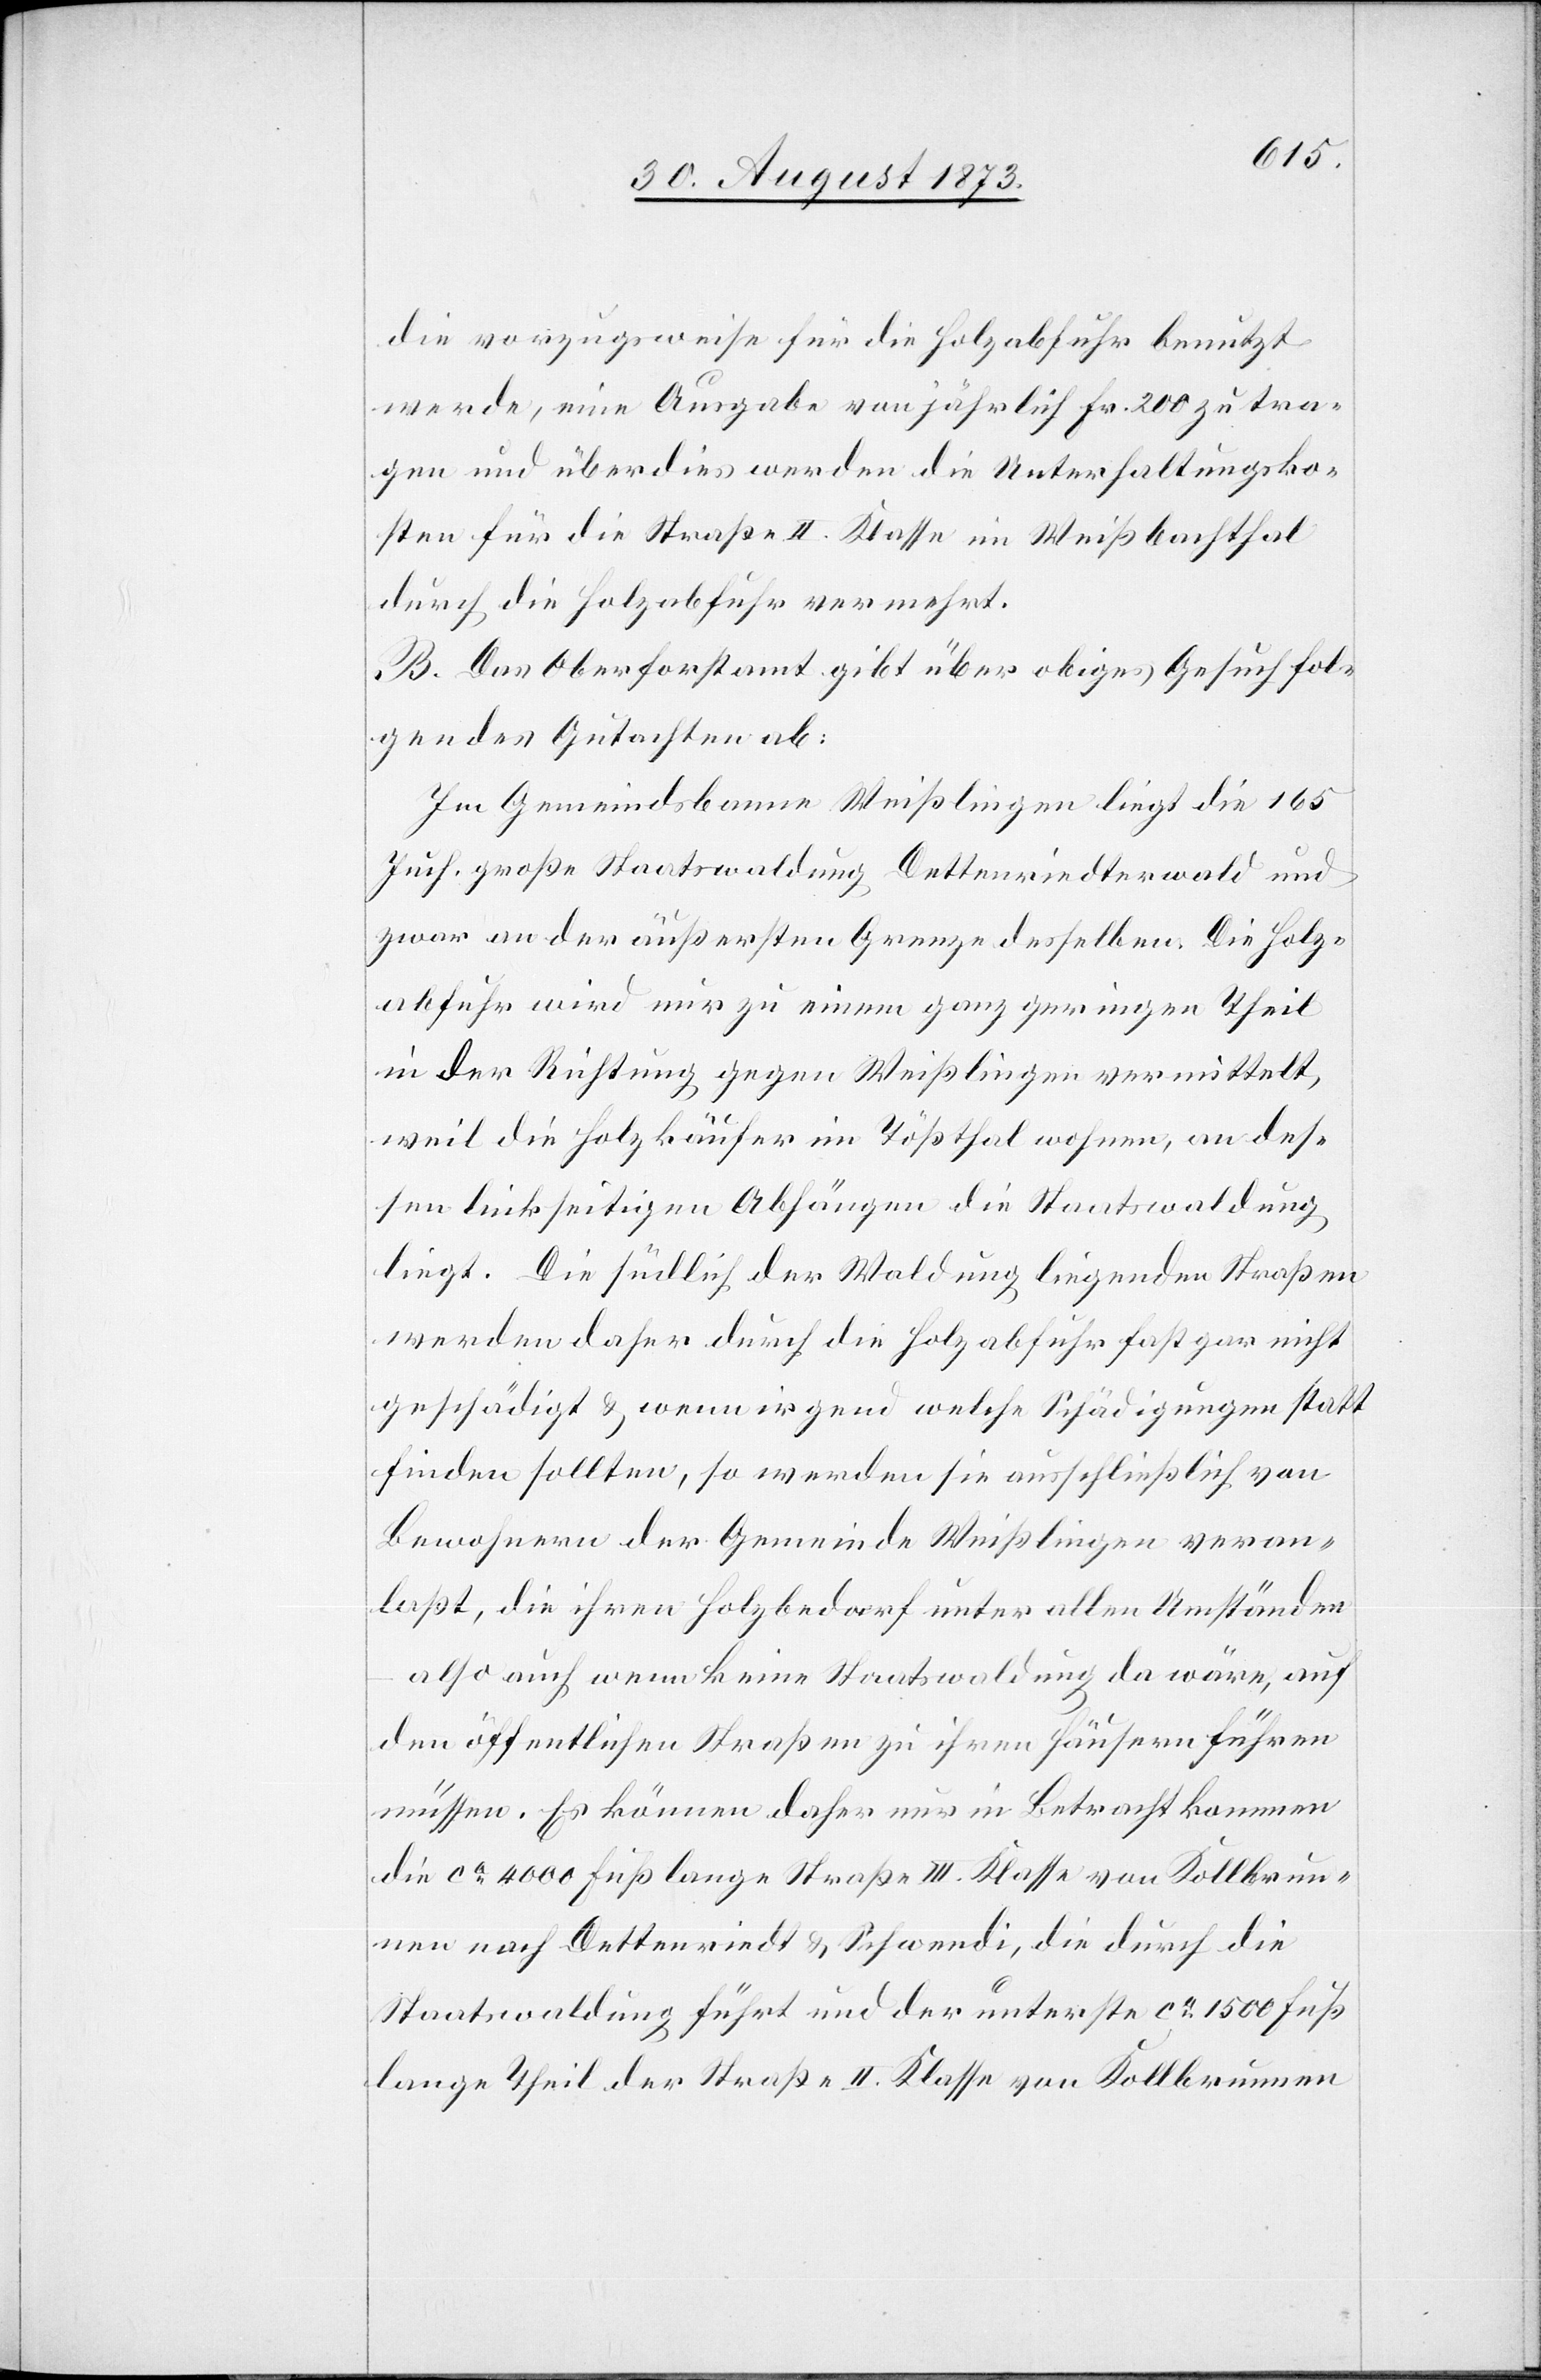
die vorzugsweise für die Holzabfuhr benutzt
werde, eine Ausgabe von jährlich Fr. 200 zu tra¬
gen und überdies werden die Unterhaltungsko¬
sten für die Straße II. Klasse im Weißbachthal
durch die Holzabfuhr vermehrt.
B. Das Oberforstamt gibt über obiges Gesuch fol¬
gendes Gutachten ab:
Im Gemeindsbanne Weißlingen liegt die 165
Juch. große Staatswaldung Dettenriedterwald und
zwar an der äußersten Grenze desselben. Die Holz¬
abfuhr wird nur zu einem ganz geringen Theil
in der Richtung gegen Weißlingen vermittelt,
weil die Holzkäufer im Tößthal wohnen, an des¬
sen linkseitigen Abhängen die Staatswaldung
liegt. Die südlich der Waldung liegenden Straßen
werden daher durch die Holzabfuhr fast gar nicht
geschädigt & wenn irgend welche Schädigungen statt
finden sollten, so werden sie ausschließlich von
Bewohnern der Gemeinde Weißlingen veran¬
laßt, die ihren Holzbedarf unter allen Umständen
also auch wenn keine Staatswaldung da wäre, auf
den öffentlichen Straßen zu ihren Häusern führen
müssen. Es können daher nur in Betracht kommen
die ca 4 000 Fuß lange Straße III. Klasse von Kollbrun¬
nen nach Dettenriedt & Schwendi, die durch die
Staatswaldung führt und der unterste ca 1 500 Fuß
lange Theil der Straße II. Klasse von Kollbrunnen